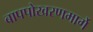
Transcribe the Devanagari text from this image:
बापपोखरणमार्गे